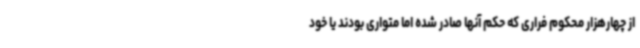
از چهارهزار محکوم فراری که حکم آنها صادر شده اما متواری بودند یا خود